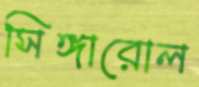
সিঙ্গারোল